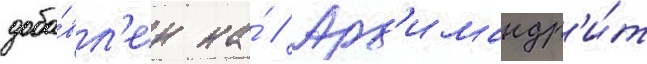
доба́вл'ен на́ // Арх'имандр'и́т